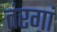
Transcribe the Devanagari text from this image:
तंरगां